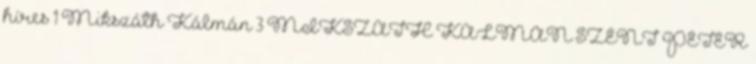
híres 1 Mikszáth Kálmán 3 MIKSZÁTH KÁLMÁN SZENT PÉTER